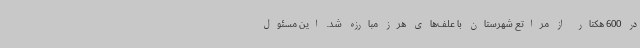
در 600 هکتار از مراتع شهرستان با علف‌های هرز مبارزه شد. این مسئول